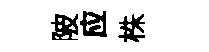
陂应株